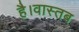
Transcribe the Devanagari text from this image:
है।वास्तब